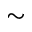
\sim